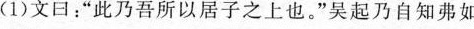
(1)文曰:“此乃吾所以居子之上也。”吴起乃自知弗如